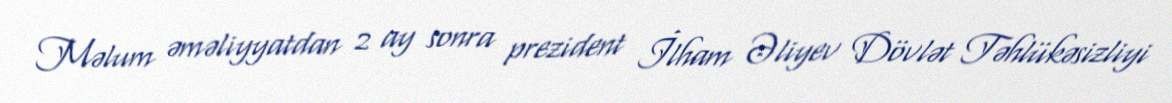
Məlum əməliyyatdan 2 ay sonra prezident İlham Əliyev Dövlət Təhlükəsizliyi